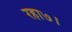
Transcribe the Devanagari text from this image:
रहा७।